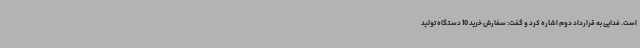
است. فدایی به قرارداد دوم اشاره کرد و گفت: سفارش خرید 10 دستگاه تولید